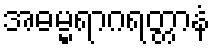
အဓမ္မရာဂရတ္တာနံ